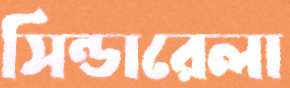
সিন্ডারেলা